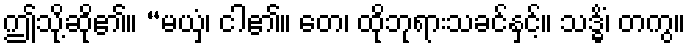
ဤသို့ဆို၏။ “မယှံ၊ ငါ၏။ တေ၊ ထိုဘုရားသခင်နှင့်။ သဒ္ဓိံ၊ တကွ။